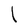
Character: l